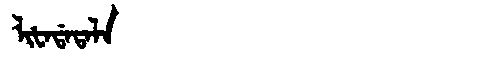
Manchu: ᠯᡳᡶᠠᡩᠠᡨᠠᠯᠠ
Romanization: LIFADATALA